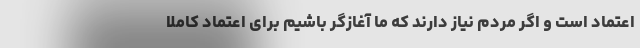
اعتماد است و اگر مردم نیاز دارند که ما آغازگر باشیم برای اعتماد کاملا